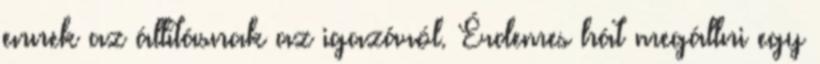
ennek az állításnak az igazáról. Érdemes hát megállni egy